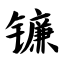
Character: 镰